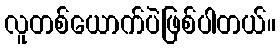
လူတစ်ယောက်ပဲဖြစ်ပါတယ်။